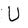
Character: U